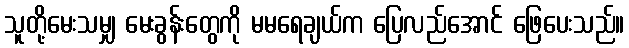
သူတို့မေးသမျှ မေးခွန်းတွေကို မမရေချယ်က ပြေလည်အောင် ဖြေပေးသည်။